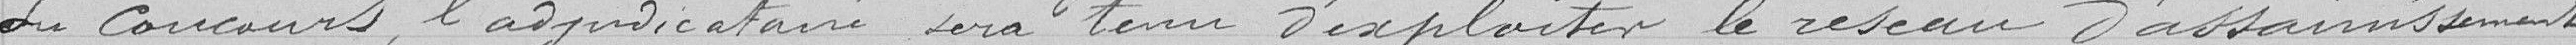
du concours l'adjudicataire sera tenu d'exploiter le réseau d'assainissement